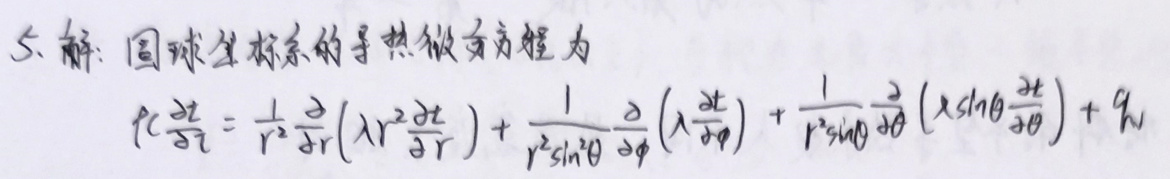
5. 解：圆球坐标系的导热微分方程为
\[
\rho c \frac{\partial t}{\partial \tau}=\frac{1}{r^{2}} \frac{\partial}{\partial r}\left(\lambda r^{2} \frac{\partial t}{\partial r}\right)+\frac{1}{r^{2} \sin ^{2} \theta} \frac{\partial}{\partial \varphi}\left(\lambda \frac{\partial t}{\partial \varphi}\right)+\frac{1}{r^{2} \sin \theta} \frac{\partial}{\partial \theta}\left(\lambda \sin \theta \frac{\partial t}{\partial \theta}\right)+q_{v}
\]